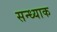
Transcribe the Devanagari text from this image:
सन्ध्याक